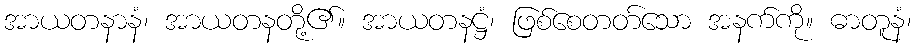
အာယတနာနံ၊ အာယတနတို့၏။ အာယတနဋ္ဌံ၊ ဖြစ်စေတတ်သော အနက်ကို။ ဓာတူနံ၊